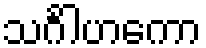
သင်္ဂါဟကော